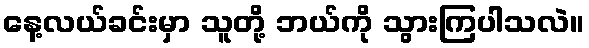
နေ့လယ်ခင်းမှာ သူတို့ ဘယ်ကို သွားကြပါသလဲ။